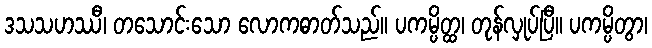
ဒသသဟဿီ၊ တသောင်းသော လောကဓာတ်သည်။ ပကမ္ပိတ္ထ၊ တုန်လှုပ်ပြီ။ ပကမ္ပိတွာ၊